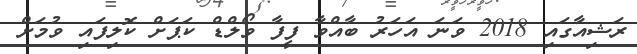
ރަޝިއާގައި 2018 ވަނަ އަހަރު ބާއްވާ ފީފާ ވޯލްޑް ކަޕަށް ކޮލިފައި ވުމަށް